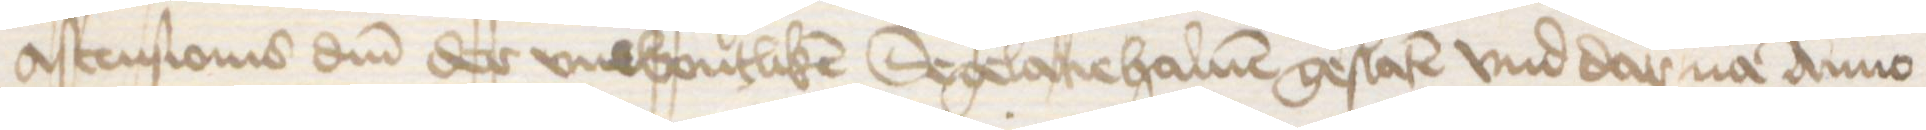
Ascensionis domini der vnwontliken Segelacie haluen geslaten vnd dar na Anno